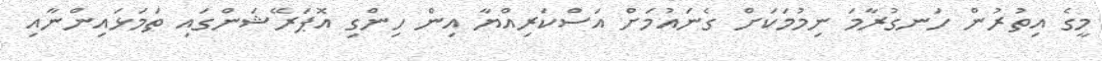
މީގެ އިތުރުން ހަނގުރާމަ ނިމުމަކަށް ގެނައުމަށް އަސްކަރިއްޔާ އިން ހިންގި އޮޕަރޭޝަންގައި ތަމަޅައިންނާއި